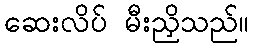
ဆေးလိပ် မီးညှိသည်။